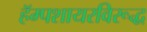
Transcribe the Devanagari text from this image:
हॅम्पशायरविरूद्ध